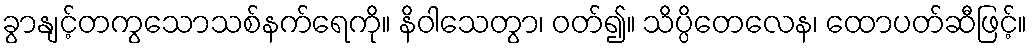
ခွာနျင့်တကွသောသစ်နက်ရေကို။ နိဝါသေတွာ၊ ဝတ်၍။ သိပ္ပိတေလေန၊ ထောပတ်ဆီဖြင့်။